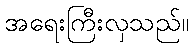
အရေးကြီးလှသည်။